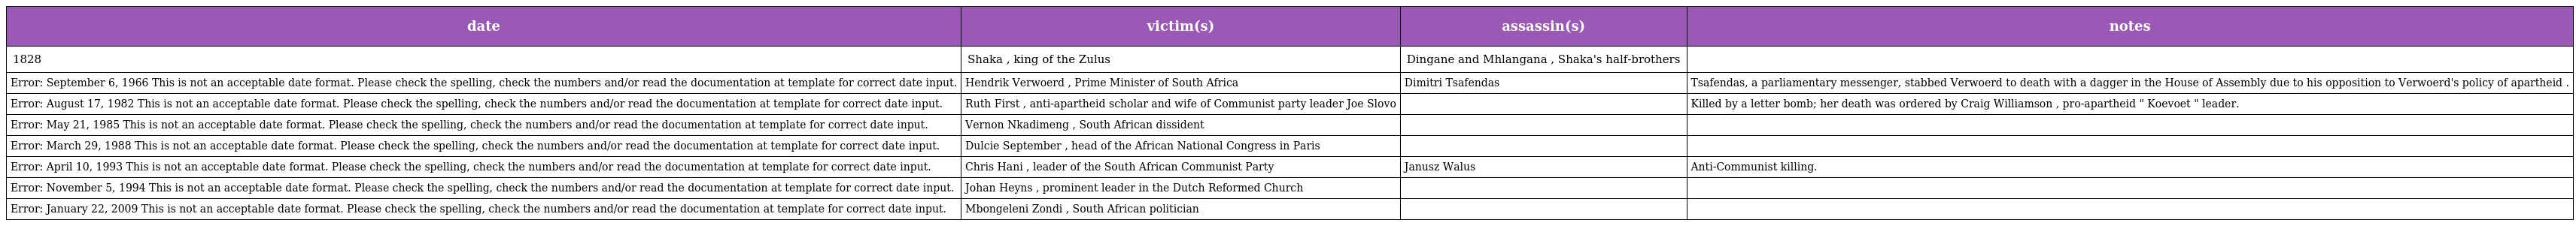
| date | victim(s) | assassin(s) | notes |
 | --- | --- | --- | --- |
 | 1828 | Shaka , king of the Zulus | Dingane and Mhlangana , Shaka's half-brothers |  |
 | Error: September 6, 1966 This is not an acceptable date format. Please check the spelling, check the numbers and/or read the documentation at template for correct date input. | Hendrik Verwoerd , Prime Minister of South Africa | Dimitri Tsafendas | Tsafendas, a parliamentary messenger, stabbed Verwoerd to death with a dagger in the House of Assembly due to his opposition to Verwoerd's policy of apartheid . |
 | Error: August 17, 1982 This is not an acceptable date format. Please check the spelling, check the numbers and/or read the documentation at template for correct date input. | Ruth First , anti-apartheid scholar and wife of Communist party leader Joe Slovo |  | Killed by a letter bomb; her death was ordered by Craig Williamson , pro-apartheid " Koevoet " leader. |
 | Error: May 21, 1985 This is not an acceptable date format. Please check the spelling, check the numbers and/or read the documentation at template for correct date input. | Vernon Nkadimeng , South African dissident |  |  |
 | Error: March 29, 1988 This is not an acceptable date format. Please check the spelling, check the numbers and/or read the documentation at template for correct date input. | Dulcie September , head of the African National Congress in Paris |  |  |
 | Error: April 10, 1993 This is not an acceptable date format. Please check the spelling, check the numbers and/or read the documentation at template for correct date input. | Chris Hani , leader of the South African Communist Party | Janusz Walus | Anti-Communist killing. |
 | Error: November 5, 1994 This is not an acceptable date format. Please check the spelling, check the numbers and/or read the documentation at template for correct date input. | Johan Heyns , prominent leader in the Dutch Reformed Church |  |  |
 | Error: January 22, 2009 This is not an acceptable date format. Please check the spelling, check the numbers and/or read the documentation at template for correct date input. | Mbongeleni Zondi , South African politician |  |  |